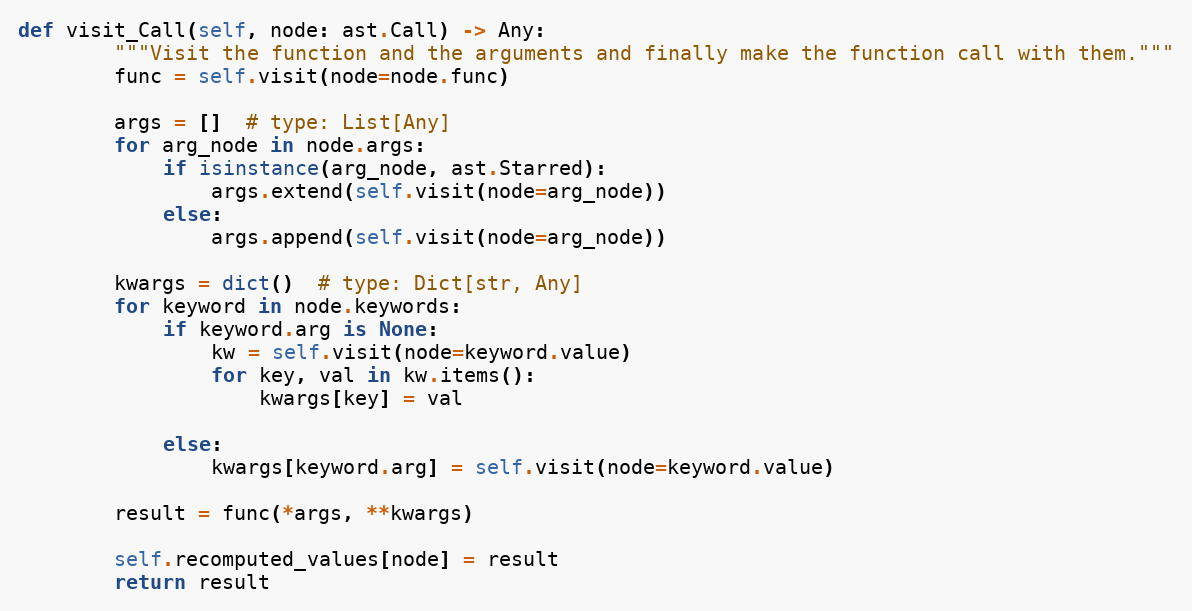
Language: Python
def visit_Call(self, node: ast.Call) -> Any:
        """Visit the function and the arguments and finally make the function call with them."""
        func = self.visit(node=node.func)

        args = []  # type: List[Any]
        for arg_node in node.args:
            if isinstance(arg_node, ast.Starred):
                args.extend(self.visit(node=arg_node))
            else:
                args.append(self.visit(node=arg_node))

        kwargs = dict()  # type: Dict[str, Any]
        for keyword in node.keywords:
            if keyword.arg is None:
                kw = self.visit(node=keyword.value)
                for key, val in kw.items():
                    kwargs[key] = val

            else:
                kwargs[keyword.arg] = self.visit(node=keyword.value)

        result = func(*args, **kwargs)

        self.recomputed_values[node] = result
        return result